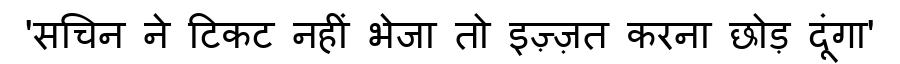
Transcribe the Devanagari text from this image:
'सचिन ने टिकट नहीं भेजा तो इज़्ज़त करना छोड़ दूंगा'